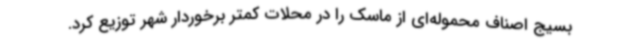
بسیج اصناف محموله‌ای از ماسک را در محلات کمتر برخوردار شهر توزیع کرد.